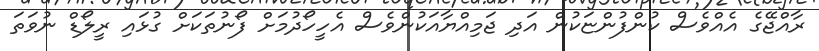
ރާއްޖޭގެ އެއްވެސް ކުންފުންޏަކުން އަދި ޖަމިއްޔާއަކުންވެސް އެހީހޯދުމަށް ފޯނުތަކަށް ގުޅައި ރީލޯޑް ނުވަތަ